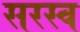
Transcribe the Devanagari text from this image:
सरस्व